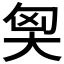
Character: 𡘅